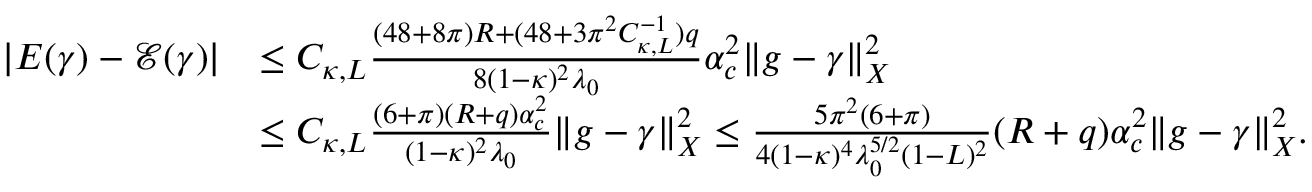
\begin{array} { r l } { | E ( \gamma ) - \mathcal { E } ( \gamma ) | } & { \leq C _ { \kappa , L } \frac { ( 4 8 + 8 \pi ) R + ( 4 8 + 3 \pi ^ { 2 } C _ { \kappa , L } ^ { - 1 } ) q } { 8 ( 1 - \kappa ) ^ { 2 } \lambda _ { 0 } } \alpha _ { c } ^ { 2 } \| g - \gamma \| _ { X } ^ { 2 } } \\ & { \leq C _ { \kappa , L } \frac { ( 6 + \pi ) ( R + q ) \alpha _ { c } ^ { 2 } } { ( 1 - \kappa ) ^ { 2 } \lambda _ { 0 } } \| g - \gamma \| _ { X } ^ { 2 } \leq \frac { 5 \pi ^ { 2 } ( 6 + \pi ) } { 4 ( 1 - \kappa ) ^ { 4 } \lambda _ { 0 } ^ { 5 / 2 } ( 1 - L ) ^ { 2 } } ( R + q ) \alpha _ { c } ^ { 2 } \| g - \gamma \| _ { X } ^ { 2 } . } \end{array}